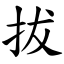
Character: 拔